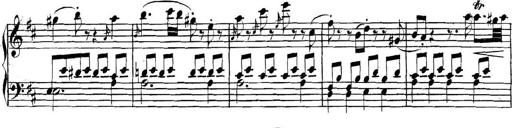
Title: Collected Piano Sonatas
Composer: Muzio Clementi